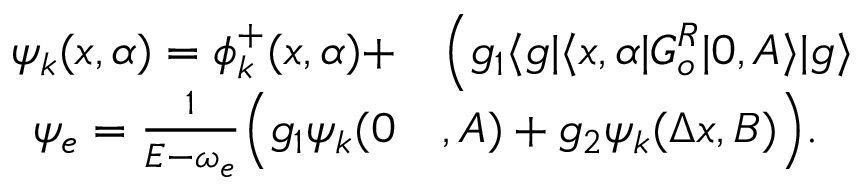
\begin{array} { r l } { \psi _ { k } ( x , \alpha ) = \phi _ { k } ^ { + } ( x , \alpha ) + } & { { } \Big ( g _ { 1 } \langle g | \langle x , \alpha | G _ { o } ^ { R } | 0 , A \rangle | g \rangle } \\ { \psi _ { e } = \frac { 1 } { E - \omega _ { e } } \Big ( g _ { 1 } \psi _ { k } ( 0 } & { { } , A ) + g _ { 2 } \psi _ { k } ( \Delta x , B ) \Big ) . } \end{array}